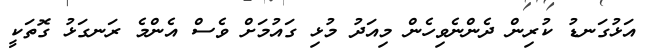
އަޅުގަނޑު ކުރިން ދެންނެވިހެން މިއަދު މުޅި ގައުމަށް ވެސް އެންމެ ރަނގަޅު ގޮތަކީ